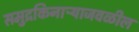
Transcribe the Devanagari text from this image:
समुद्रकिनाऱ्याजवळील